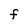
Character: F